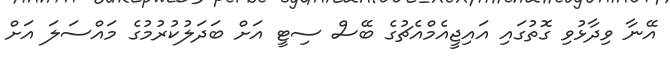
އޭނާ ވިދާޅުވި ގޮތުގައި އައިޖީއެމްއެޗުގެ ބޭސް ސިޓީ އަށް ބަދަލުކުރުމުގެ މައްސަލަ އަށް